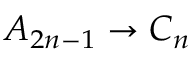
A _ { 2 n - 1 } \to C _ { n }